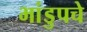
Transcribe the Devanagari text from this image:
भांडुपचे